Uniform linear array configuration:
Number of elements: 4
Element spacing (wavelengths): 0.5
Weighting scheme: cosine
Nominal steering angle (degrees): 60
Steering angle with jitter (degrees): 61.328
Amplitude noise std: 0.05
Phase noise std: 0.05

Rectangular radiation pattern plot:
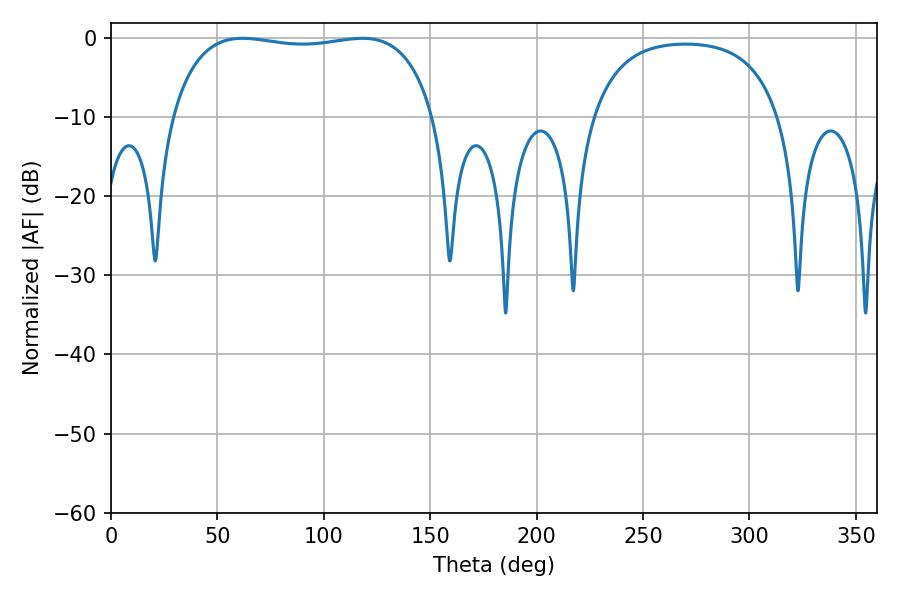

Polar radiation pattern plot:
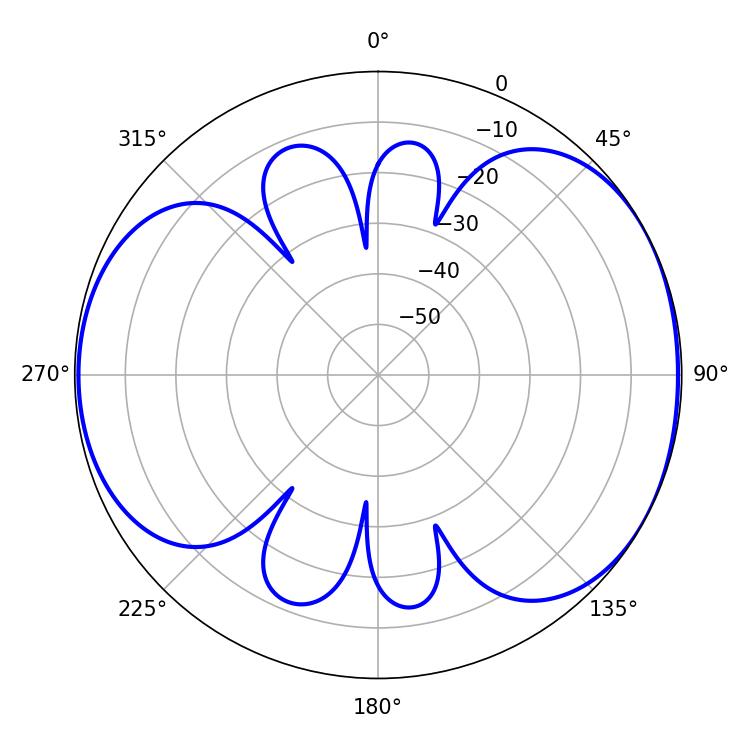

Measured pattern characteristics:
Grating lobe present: FALSE
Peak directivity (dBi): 5.307
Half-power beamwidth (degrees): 99.36
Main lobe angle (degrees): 61.74